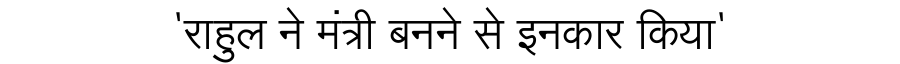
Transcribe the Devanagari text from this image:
'राहुल ने मंत्री बनने से इनकार किया'